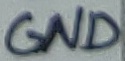
Text: GND